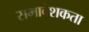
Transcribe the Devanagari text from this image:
समावेशकता